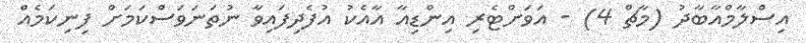
އިސްލާމްއާބާދު (މާޗް 4) - އަވަށްޓެރި އިންޑިއާ އާއެކު އުފެދިފައިވާ ނުތަނަވަސްކަމަށް ފިނިކަމެއް